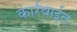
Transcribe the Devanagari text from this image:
कार्रवाईत